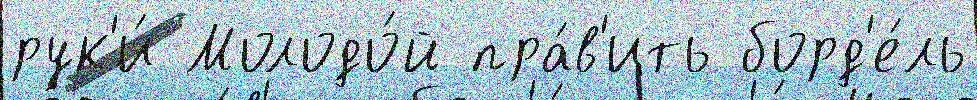
рук'и́ Молодо́й пра́в'ить борд'е́ль